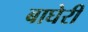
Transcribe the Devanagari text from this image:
बाघेरी